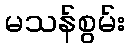
မသန်စွမ်း